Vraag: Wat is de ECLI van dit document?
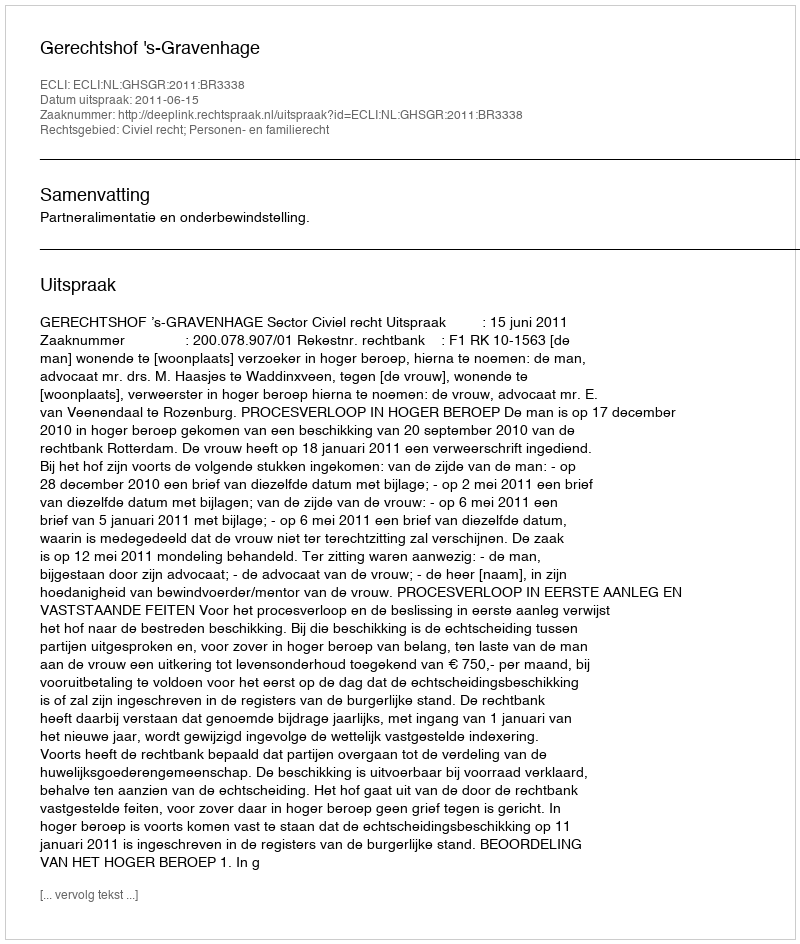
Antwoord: ECLI:NL:GHSGR:2011:BR3338